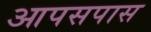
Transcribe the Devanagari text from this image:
आपसपास